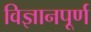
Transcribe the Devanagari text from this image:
विज्ञानपूर्ण